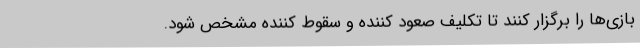
بازی‌ها را برگزار کنند تا تکلیف صعود کننده و سقوط کننده مشخص شود.